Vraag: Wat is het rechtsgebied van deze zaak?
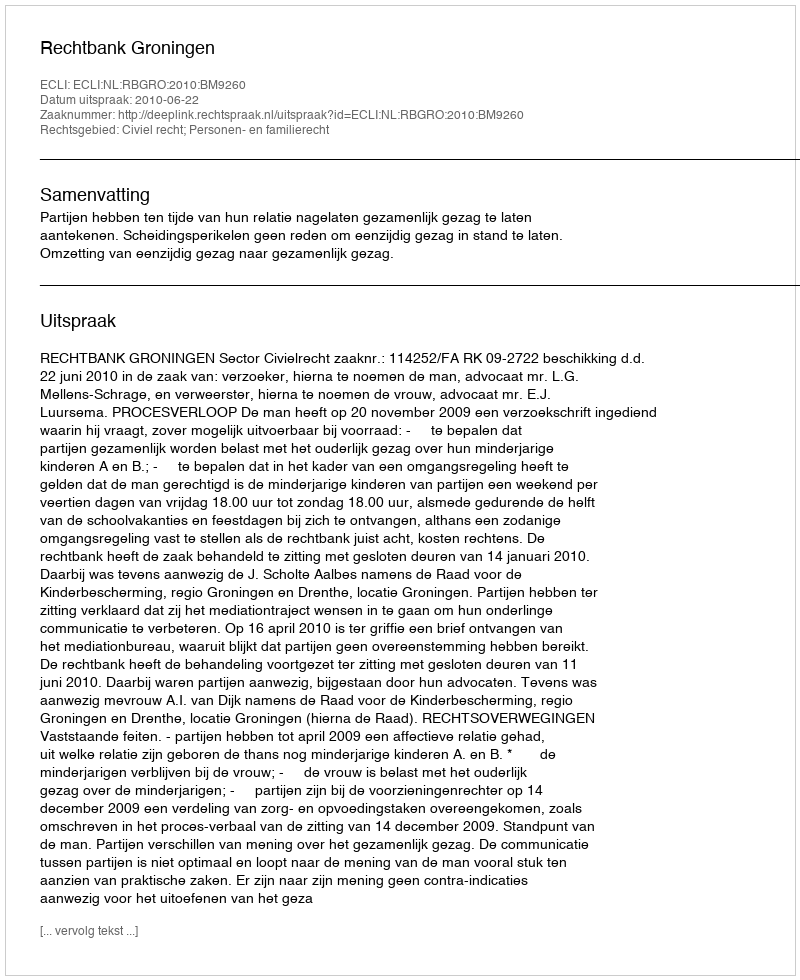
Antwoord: Civiel recht; Personen- en familierecht